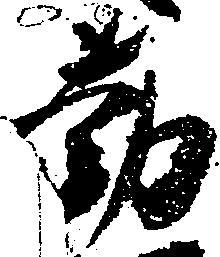
勤